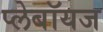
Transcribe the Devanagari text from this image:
प्लेबॉयज